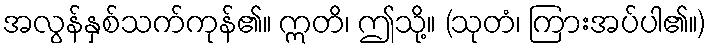
အလွန်နှစ်သက်ကုန်၏။ ဣတိ၊ ဤသို့။ (သုတံ၊ ကြားအပ်ပါ၏။)